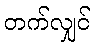
တက်လျှင်